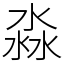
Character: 淼